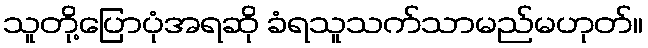
သူတို့ပြောပုံအရဆို ခံရသူသက်သာမည်မဟုတ်။